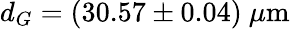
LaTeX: d_{G}=(30.57\pm 0.04)~\mu\mathrm{m}